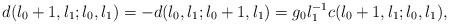
LaTeX: \begin{align*}d(l_{0}+1,l_{1};l_{0},l_{1}) =-d(l_{0},l_{1};l_{0}+1,l_{1}) =g_{0}l_{1}^{-1} c(l_{0}+1,l_{1};l_{0},l_{1}),\end{align*}